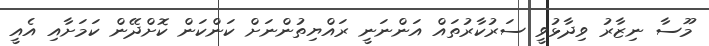
މޫސާ ނިޒާރު ވިދާޅުވީ ސަރުކާރުތައް އަންނަނީ ރައްޔިތުންނަށް ކަންކަން ކޮށްދޭން ކަމަށާއި އެއީ